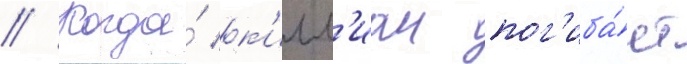
// Когда́ к'илл'иан пог'иба́ет